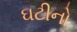
ઘટીનો